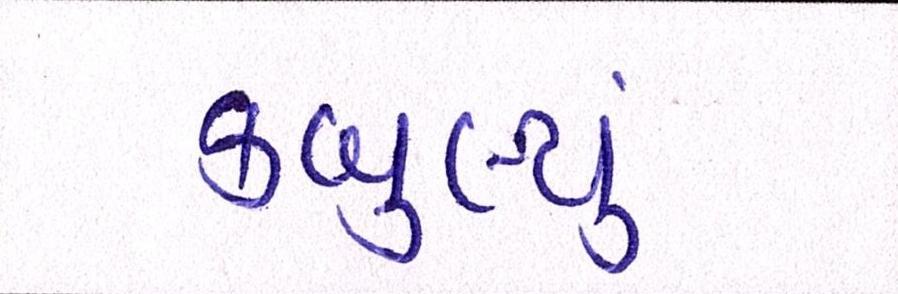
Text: કબુલ્યું